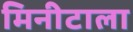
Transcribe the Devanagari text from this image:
मिनीटाला